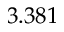
3 . 3 8 1